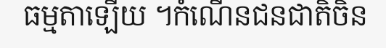
ធម្មតាឡើយ ។កំណើនជនជាតិចិន